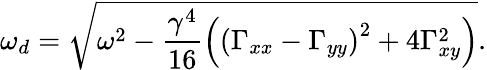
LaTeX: \omega_{d}=\sqrt{\omega^{2}-\frac{\gamma^{4}}{16}\left(\left(\Gamma_{xx}-\Gamma_{yy}\right)^{2}+4\Gamma_{xy}^{2}\right)}.